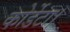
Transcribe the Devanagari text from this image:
कोर्डेटा।